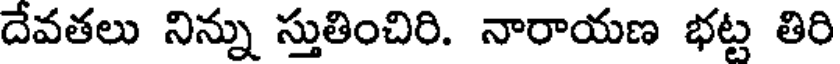
దేవతలు నిన్ను స్తుతించిరి. నారాయణ భట్ట తిరి